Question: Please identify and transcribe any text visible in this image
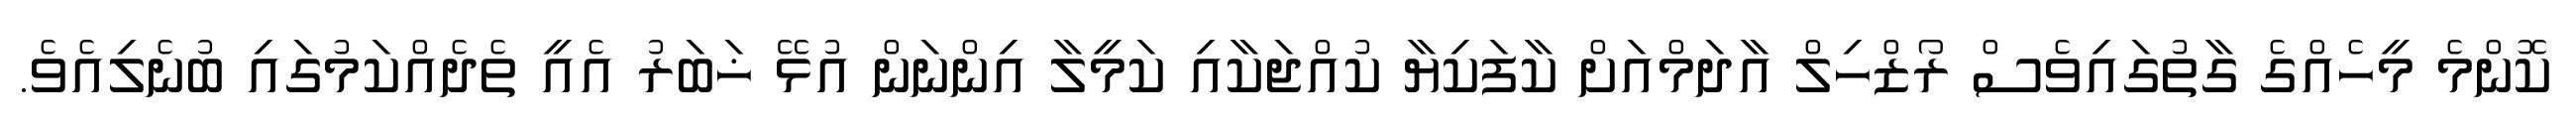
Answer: ކޮންމެ މީހެއްގެ ގާތުގައިވެސް ރޯޒްހިލް އާދަމްއަށް ކާފަކިޔާ ކުއްޖަކާއި ކަމީލާ އިންނަން އުޅޭ ޚަބަރު އެއީ ތެދެއްކަމުގައި ބުނެލިއެވެ.